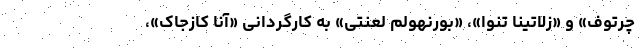
چرتوف» و «زلاتینا تنوا»، «بورنهولم لعنتی» به کارگردانی «آنا کازجاک»،